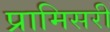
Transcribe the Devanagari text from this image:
प्रामिसरी